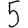
Digit: 5